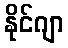
နိုင်ဂျာ